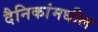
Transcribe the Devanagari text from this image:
दैनिकांमधील